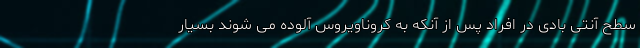
سطح آنتی بادی در افراد پس از آنکه به کروناویروس آلوده می شوند بسیار